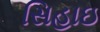
સિહાઇ